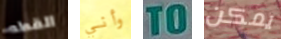
القطه وأني TO يمكن